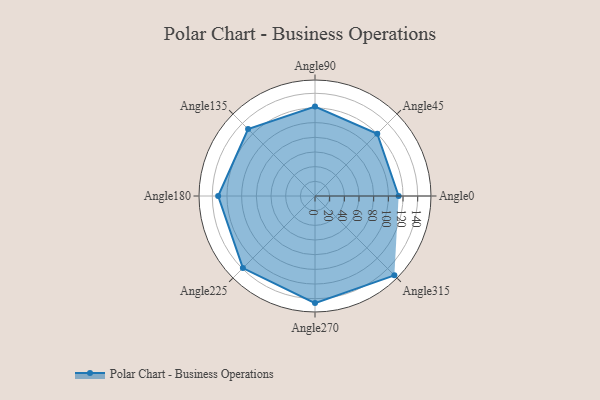
{"axis": {"x": "Angle", "y": "Radius"}, "legend": [""], "data": [{"x": "Angle0", "y": 114.0, "type": ""}, {"x": "Angle45", "y": 120.0, "type": ""}, {"x": "Angle90", "y": 122.0, "type": ""}, {"x": "Angle135", "y": 129.0, "type": ""}, {"x": "Angle180", "y": 132.0, "type": ""}, {"x": "Angle225", "y": 139.0, "type": ""}, {"x": "Angle270", "y": 146.0, "type": ""}, {"x": "Angle315", "y": 153.0, "type": ""}]}